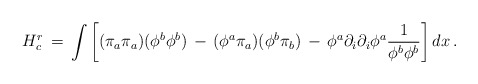
\begin{align*}H_{c}^{r}\, =\, \int \left[ (\pi_a \pi_a )(\phi^b \phi^b ) \, -\,(\phi^a \pi_a )(\phi^b \pi_b ) \, -\,\phi^a \partial_i \partial_i \phi^a {1\over\phi^b \phi^b} \right] dx\, .\end{align*}